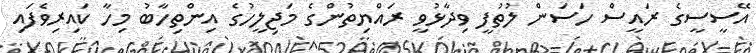
އޭސީސީގެ ރައީސް ހަސަން ލުތުފީ ވިދާޅުވީ ރައްޔިތުންގެ މަޖިލީހުގެ އިންތިހާބު މިހާ ކައިރިވެފައި